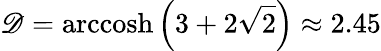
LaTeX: \mathscr{D}=\textnormal{arccosh}\left(3+2\sqrt{2}\right)\approx 2.45